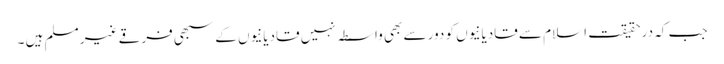
جب کہ درحقیقت اسلام سے قادیانیوں کو دور سے بھی واسطہ نہیں قادیانیوں کے سبھی فرقے غیر مسلم ہیں ۔